Reports on military cantonments and civil stations in the Presidency of Bombay inspected by the Sanitary Commissioner in the years 1875 and 1876
Year: 1875
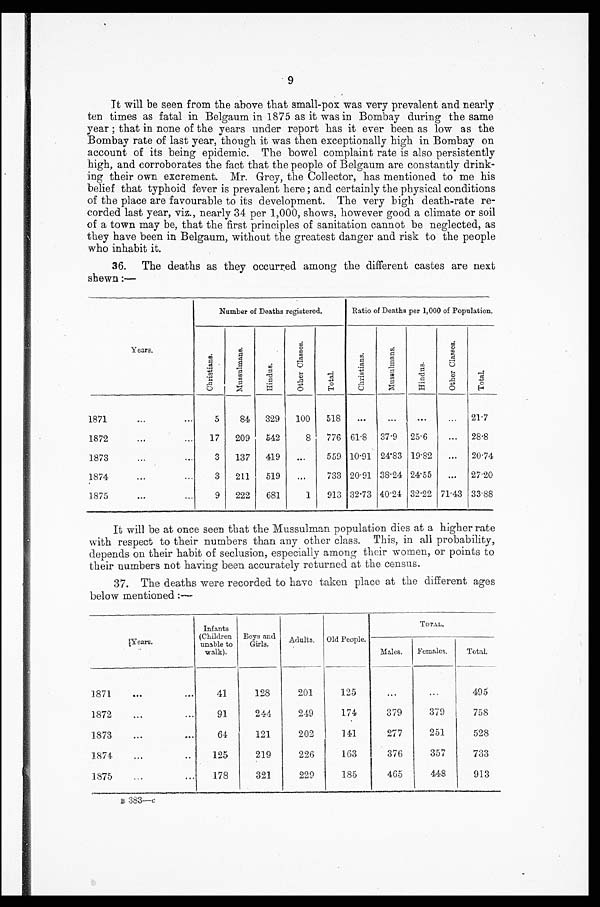
9
It will be seen from the above that small-pox was very prevalent and nearly
ten times as fatal in Belgaum in 1875 as it was in Bombay during the same
year; that in none of the years under report has it ever been as low as the
Bombay rate of last year, though it was then exceptionally high in Bombay on
account of its being epidemic. The bowel complaint rate is also persistently
high, and corroborates the fact that the people of Belgaum are constantly drink
-ing their own excrement. Mr. Grey, the Collector, has mentioned to me his
belief that typhoid fever is prevalent here; and certainly the physical conditions
of the place are favourable to its development. The very high death-rate re
-corded last year, viz., nearly 34 per 1,000, shows, however good a climate or soil
of a town may be, that the first principles of sanitation cannot be neglected, as
they have been in Belgaum, without the greatest danger and risk to the people
who inhabit it.
36. The deaths as they occurred among the different castes are next
shewn :—
Years.
Number of Deaths registered.
Ratio of Deaths per 1,000 of Population.
C h r i s t i a n s .
M u s s u l m a n s .
H i n d u s .
O t h e r C l a s s e s .
T o t a l .
C h r i s t i a n s .
M u s a u l m a n s .
H i n d u s .
O t h e r C l a s s e s .
T o t a l .
1871 . . .
5
84
329
100
518
. . .
. . .
. . .
. . .
21.7
1872 . . .
17
209
542
8
776 61.8
37.9
25.6
. . .
28.8
1873 . . .
3
137
419
. . .
559 10.91 24.83 19.82
. . .
20.74
1874 . . .
3
211
519
. . .
733 20.91 38.24 24.55
. . .
27.20
1875 . . .
9
222
681
1
913 32.73 40.24 32.22 71.43 33.88
It will be at once seen that the Mussulman population dies at a higher rate
with respect to their numbers than any other class. This, in all probability,
depends on their habit of seclusion, especially among their women, or points to
their numbers not having been accurately returned at the census.
37. The deaths were recorded to have taken place at the different ages
below mentioned
Years.
Infants
(Children
unable to
walk).
Boys and
Girls.
Adults.
Old. People.
TOTAL.
Males.
Females.
Total.
1871 . . .
41
128
201
125
. . .
. . .
495
1872 . . .
91
244
249
174
379
379
758
1873 . . .
64
121
202
141
277
251
528
1874 . . .
125
219
226
163
376
357
733
1 8 7 5 . . .
178
321
229
185
465
448
913
B 383— c